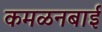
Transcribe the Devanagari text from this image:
कमळनबाई